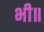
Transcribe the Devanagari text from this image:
भी॥